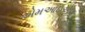
એમઆઇએલ